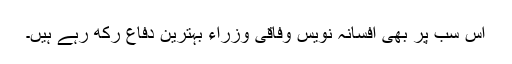
اس سب پر بھی افسانہ نویس وفاقی وزراء بہترین دفاع رکھ رہے ہیں۔